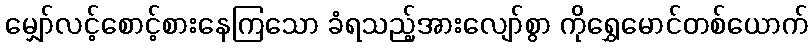
မျှော်လင့်စောင့်စားနေကြသော ခံရသည့်အားလျော်စွာ ကိုရွှေမောင်တစ်ယောက်